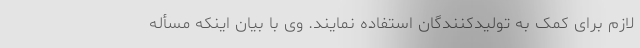
لازم برای کمک به تولیدکنندگان استفاده نمایند. وی با بیان اینکه مسأله